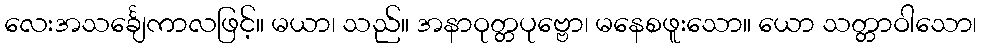
လေးအသင်္ချေကာလဖြင့်။ မယာ၊ သည်။ အနာဝုတ္တပုဗ္ဗော၊ မနေစဖူးသော။ ယော သတ္တာဝါသော၊